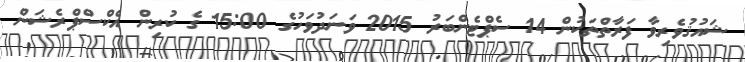
ޝައުޤުވެރިވާ ފަރާތްތަކުން 14 ސެޕްޓެންބަރު 2015 ވަނަދުވަހުގެ 15:00 ގެ ކުރިން އެކްސްޕްރެޝަން